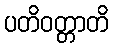
ပတိဝတ္တာတိ